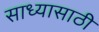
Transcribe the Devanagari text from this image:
साध्यासाठी